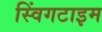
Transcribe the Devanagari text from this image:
स्विंगटाइम